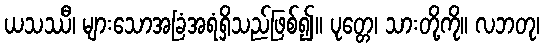
ယသဿီ၊ များသောအခြံအရံရှိသည်ဖြစ်၍။ ပုတ္တေ၊ သားတို့ကို။ လဘတု၊